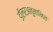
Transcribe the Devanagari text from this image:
डॉलरअनुमानित